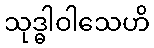
သုဒ္ဓါဝါသေဟိ